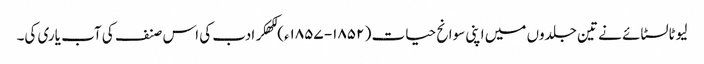
لیوٹالسٹائے نے تین جلدوں میں اپنی سوانح حیات ( ۱۸۵۲- ۱۸۵۷ء) لکھکر ادب کی اس صنف کی آب یاری کی۔